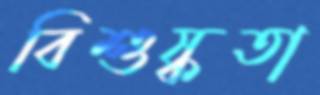
বিশুষ্কতা